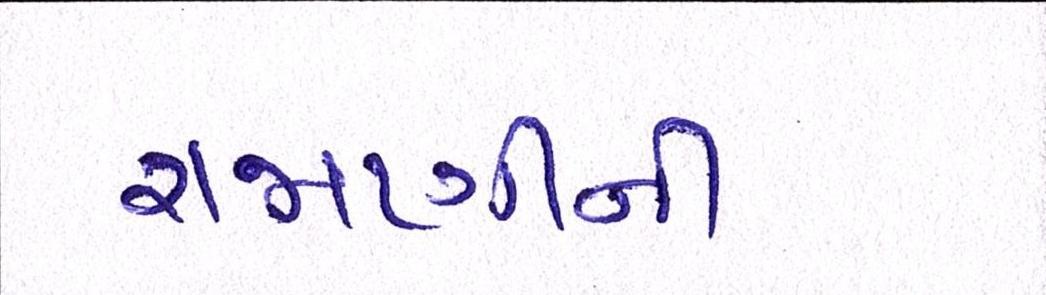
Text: રાજાણીની